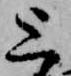
上